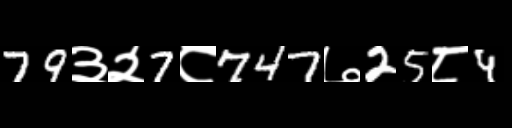
Text: 79३२7८747७25८4